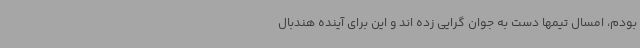
بودم، امسال تیمها دست به جوان گرایی زده اند و این برای آینده هندبال